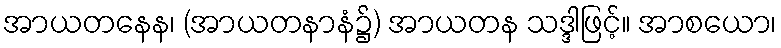
အာယတနေန၊ (အာယတနာနံ၌) အာယတန သဒ္ဒါဖြင့်။ အာစယော၊